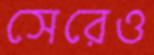
সেরেও